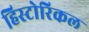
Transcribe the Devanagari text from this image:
हिस्‍टोरिकल